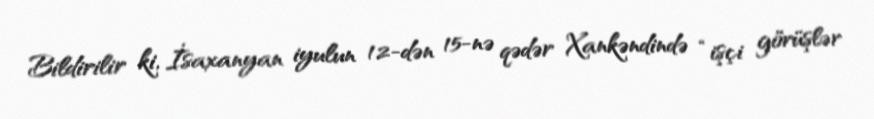
Bildirilir ki, İsaxanyan iyulun 12-dən 15-nə qədər Xankəndində “işçi görüşlər